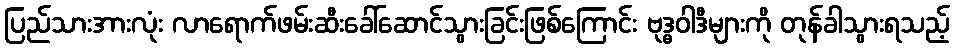
ပြည်သားအားလုံး လာရောက်ဖမ်းဆီးခေါ်ဆောင်သွားခြင်းဖြစ်ကြောင်း ဗုဒ္ဓဝါဒီများကို တုန်ခါသွားရသည့်